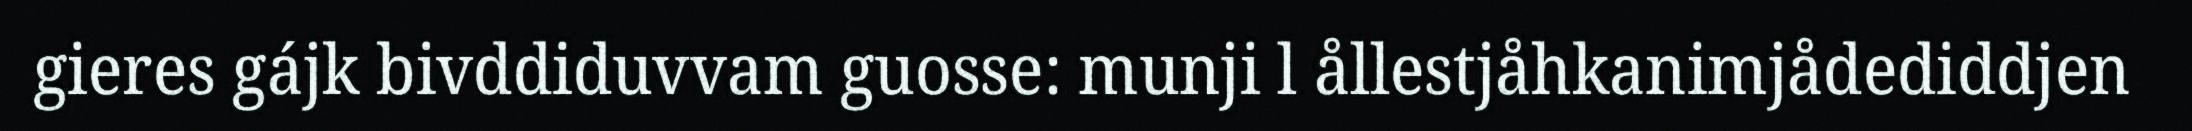
gieres gájk bivddiduvvam guosse: munji l ållestjåhkanimjådediddjen